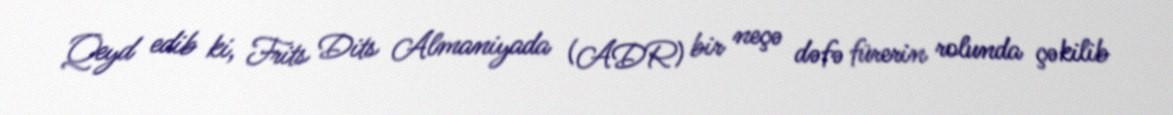
Qeyd edib ki, Frits Dits Almaniyada (ADR) bir neçə dəfə fürerin rolunda çəkilib